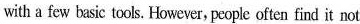
with a few basic tools. However, people often find it not